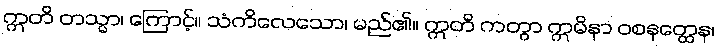
ဣတိ တသ္မာ၊ ကြောင့်။ သံကိလေသော၊ မည်၏။ ဣတိ ကတွာ ဣမိနာ ဝစနတ္ထေန၊